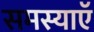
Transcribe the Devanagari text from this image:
समस्याऍ